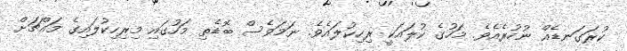
ކުރަގަނޑެއް ނުހުރެއެވެ. މަހުގެ ކުލައަކީ ރިހިކުލައެވެ. ނަމަވެސް ބޮޑެތި މަހުގައި މިރިހިކުލައިގެ މައްޗަށް